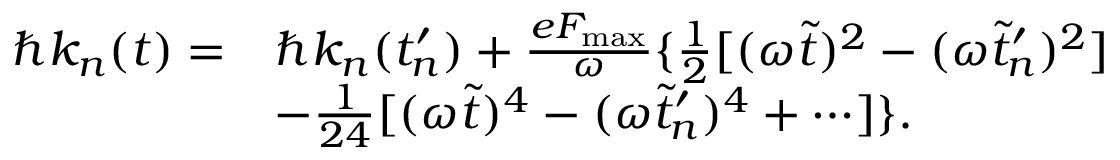
\begin{array} { r l } { \hbar k _ { n } ( t ) = } & { \hbar k _ { n } ( t _ { n } ^ { \prime } ) + \frac { e F _ { \mathrm { m a x } } } { \omega } \{ \frac { 1 } { 2 } [ ( \omega \tilde { t } ) ^ { 2 } - ( \omega \tilde { t } _ { n } ^ { \prime } ) ^ { 2 } ] } \\ & { - \frac { 1 } { 2 4 } [ ( \omega \tilde { t } ) ^ { 4 } - ( \omega \tilde { t } _ { n } ^ { \prime } ) ^ { 4 } + \cdots ] \} . } \end{array}